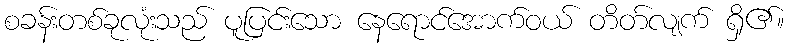
စခန်းတစ်ခုလုံးသည် ပူပြင်းသော နေရောင်အောက်ဝယ် တိတ်လျက် ရှိ၏။